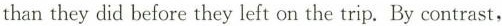
than they did before they left on the trip. By contrast,